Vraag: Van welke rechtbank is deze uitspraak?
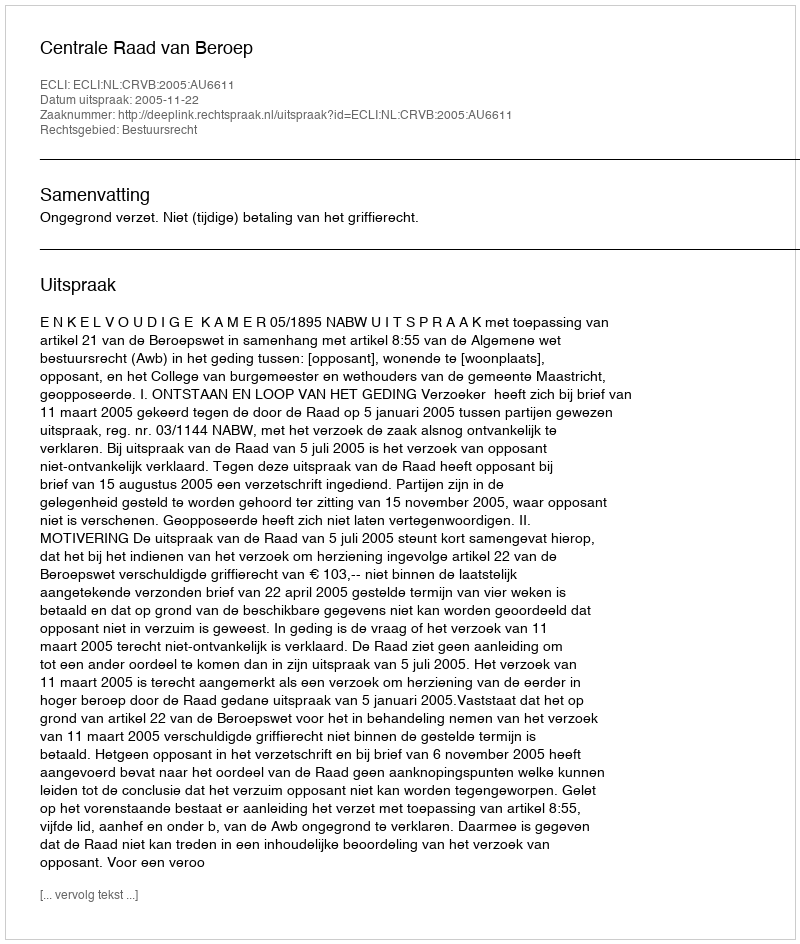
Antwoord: Centrale Raad van Beroep